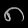
Digit: ၈